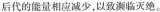
后代的能量相应减少，以致濒临灭绝。